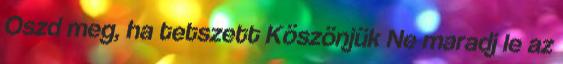
Oszd meg, ha tetszett Köszönjük Ne maradj le az